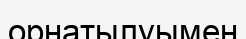
орнатылуымен